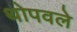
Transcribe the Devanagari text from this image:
थोपवले